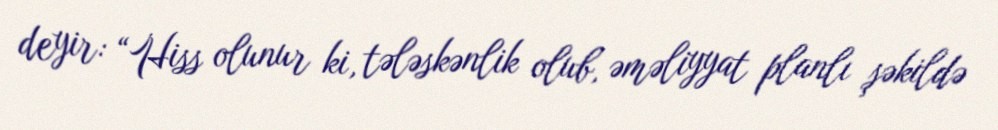
deyir: “Hiss olunur ki, tələskənlik olub, əməliyyat planlı şəkildə